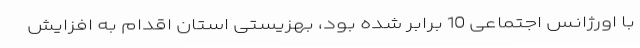
با اورژانس اجتماعی 10 برابر شده بود، بهزیستی استان اقدام به افزایش